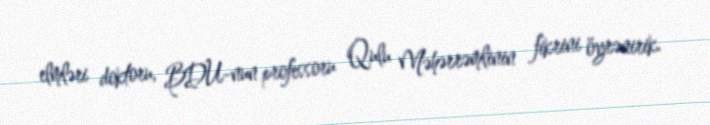
elmləri doktoru, BDU-nun professoru Qulu Məhərrəmlinin fikrini öyrənirik.